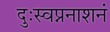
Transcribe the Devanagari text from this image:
दुःस्वप्ननाशनं